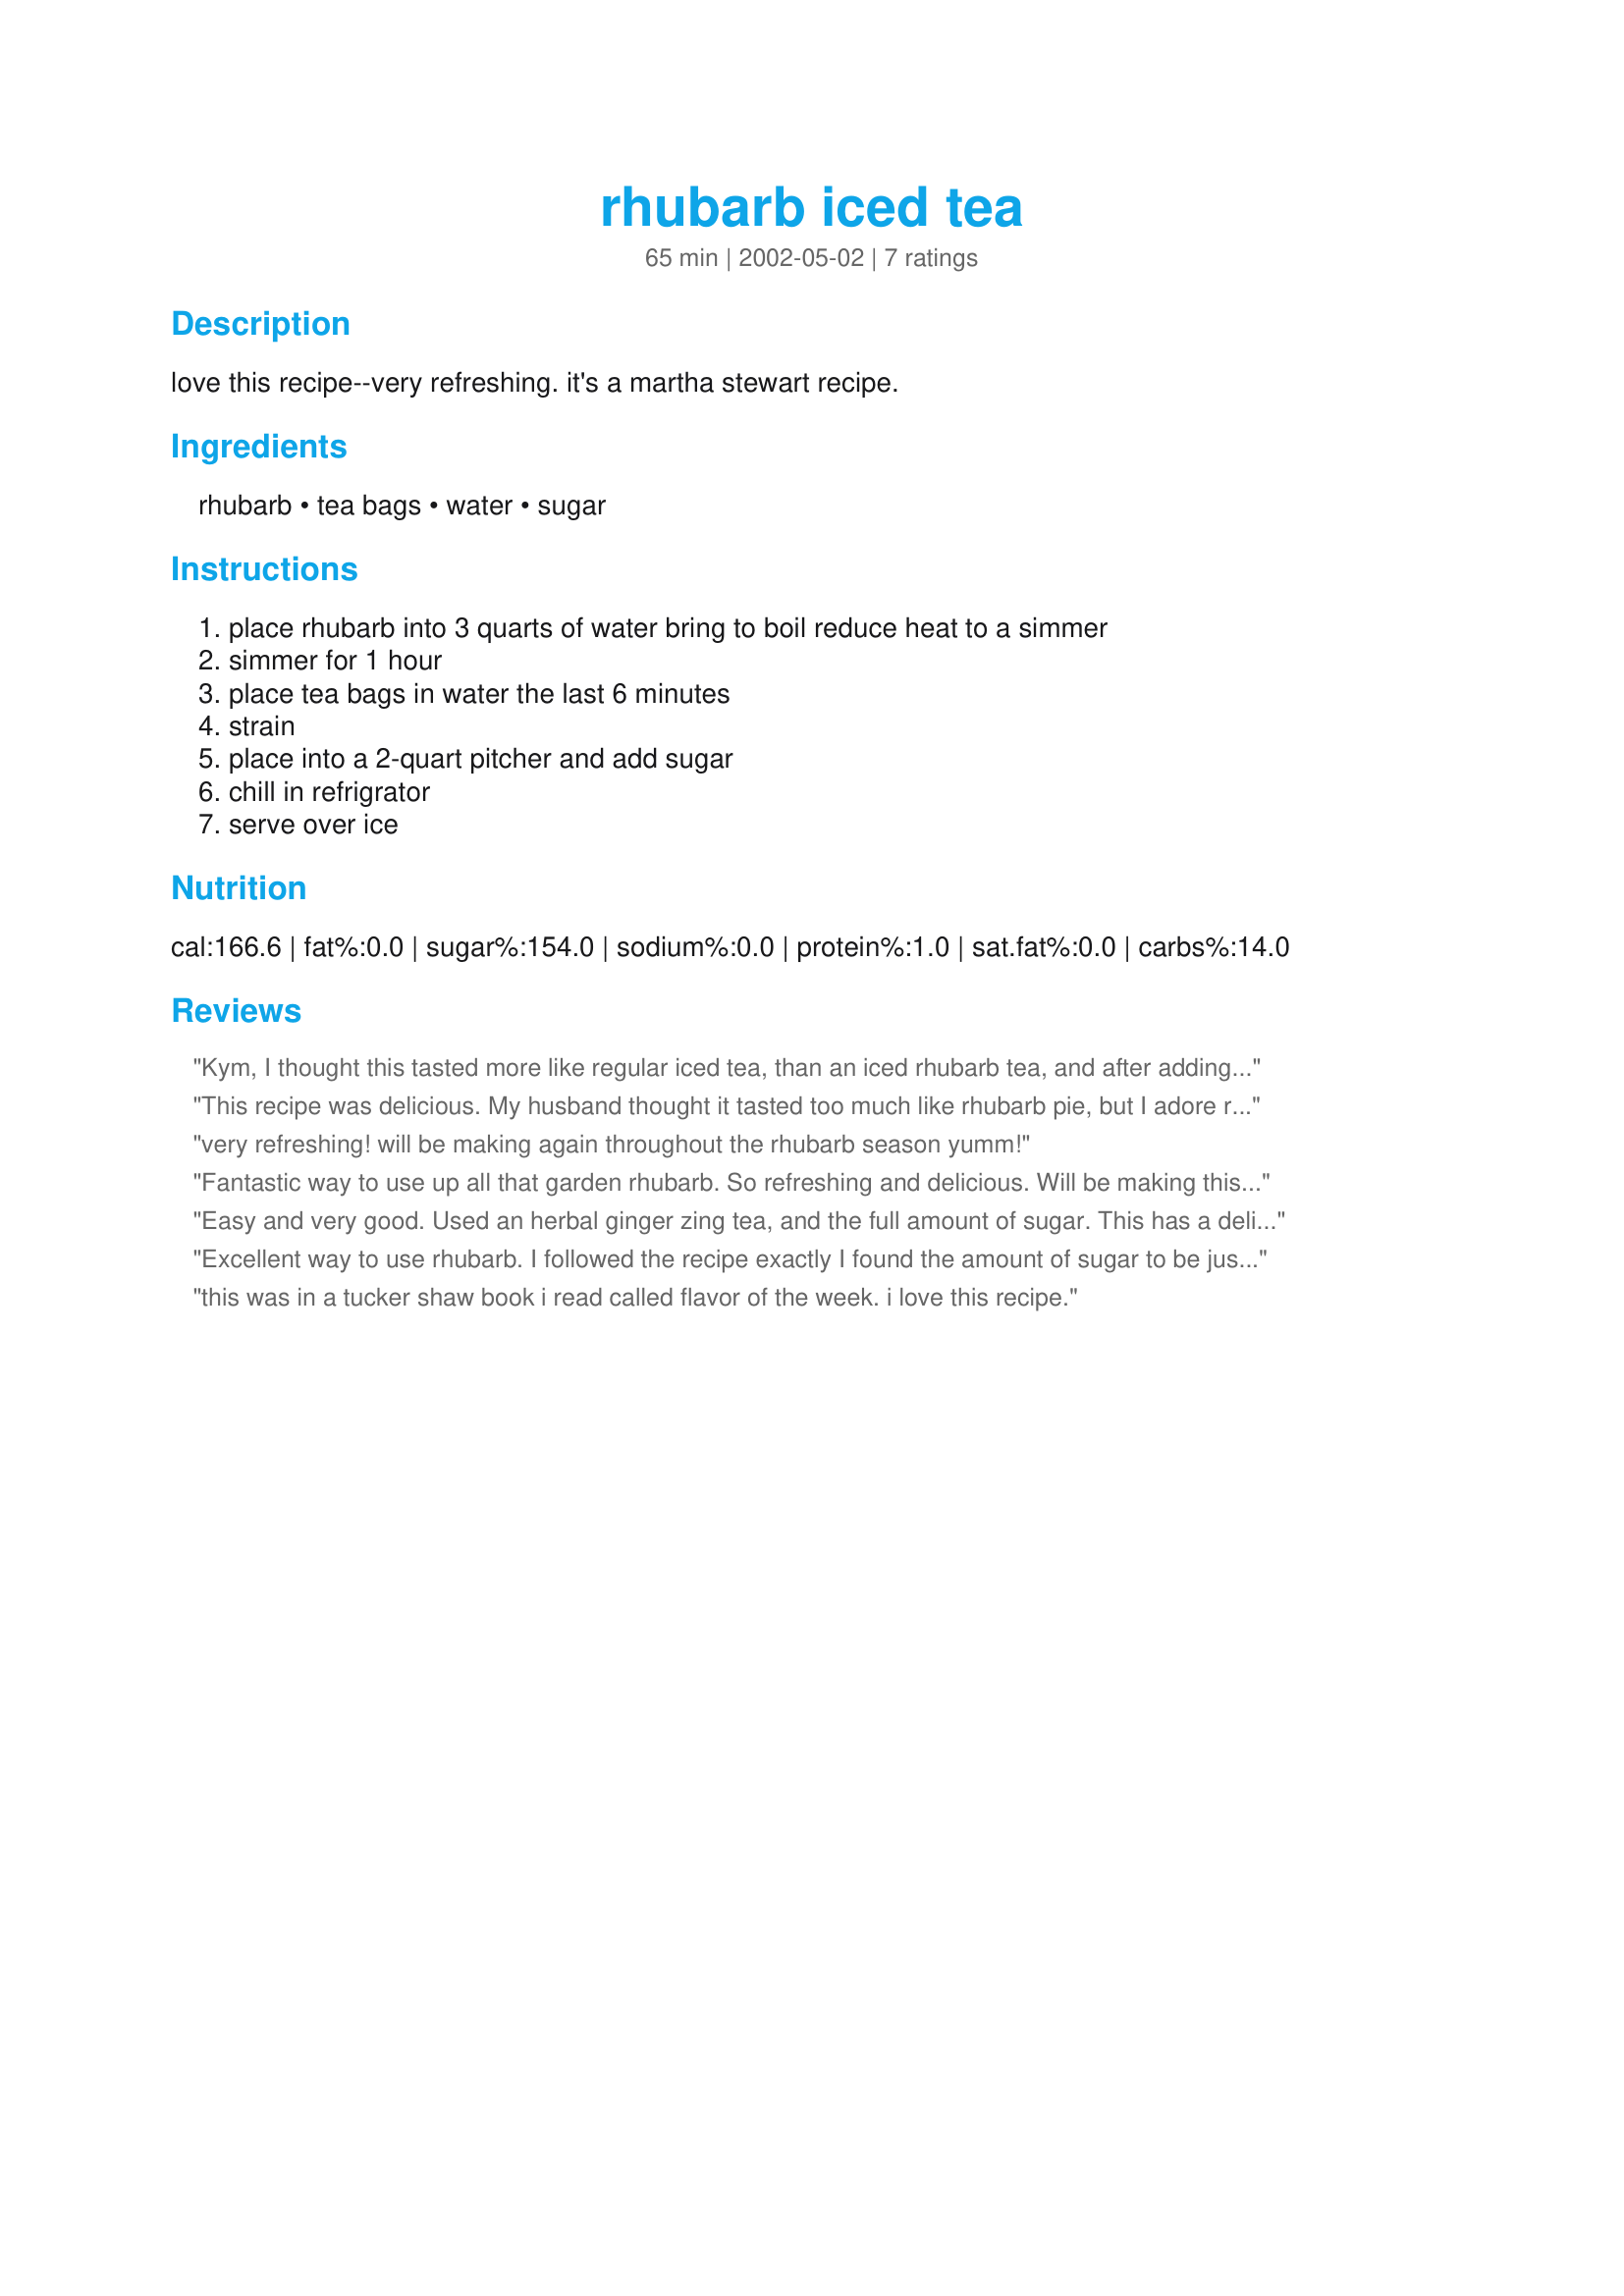
rhubarb iced tea
Preparation time: 65 minutes

love this recipe--very refreshing. it's a martha stewart recipe.

Ingredients:
rhubarb, tea bags, water, sugar

Steps:
place rhubarb into 3 quarts of water bring to boil reduce heat to a simmer, simmer for 1 hour, place tea bags in water the last 6 minutes, strain, place into a 2-quart pitcher and add sugar, chill in refrigrator, serve over ice

Reviews:
Kym, I thought this tasted more like regular iced tea, than an iced rhubarb tea, and after adding it to a glass of ice, it really diluted the flavor of the tea all together. I think one should cut back on the water, (as 3-quarts seems a bit much) or perhaps add a bit more rhubarb. Also, I thought more sugar should be added as well. Kym, I'm sorry that I wasn't able to give this recipe a better review, but I'm glad to see others here really enjoyed the tea, and thank you for posting the recipe.
This recipe was delicious. My husband thought it tasted too much like rhubarb pie, but I adore rhubarb in whatever form I can get it in! I do think the 3/4 cup sugar was a bit too much for my tastes. I would start with a smaller amount and add to taste. It was also easy to make- which is always good.
very refreshing! will be making again throughout the rhubarb season yumm!
Fantastic way to use up all that garden rhubarb. So refreshing and delicious. Will be making this often this summer, thank you very much for posting it!
Easy and very good. Used an herbal ginger zing tea, and the full amount of sugar. This has a delicate rhubarb flavour which is quite nice.
Excellent way to use rhubarb. I followed the recipe exactly I found the amount of sugar to be just right for us , not overly sweet. I used Earl Gray Tea bags. I will be making this again, thanks for sharing this recipe.
this was in a tucker shaw book i read called flavor of the week. i love this recipe.
